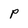
Character: p